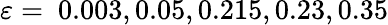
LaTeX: \varepsilon=~0.003,0.05,0.215,0.23,0.35